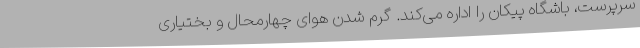
سرپرست، باشگاه پیکان را اداره می‌کند. گرم شدن هوای چهارمحال و بختیاری